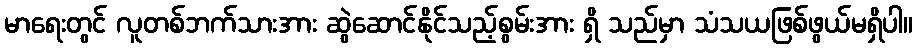
မာရေးတွင် လူတစ်ဘက်သားအား ဆွဲဆောင်နိုင်သည့်စွမ်းအား ရှိ သည်မှာ သံသယဖြစ်ဖွယ်မရှိပါ။